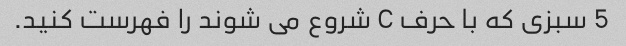
5 سبزی که با حرف C شروع می شوند را فهرست کنید.